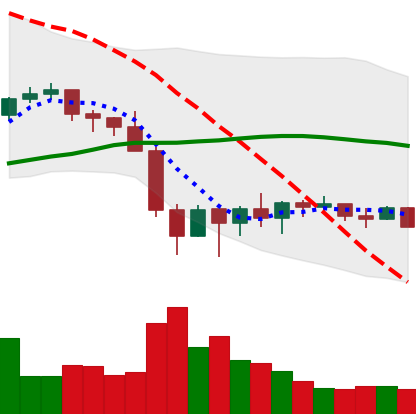
Ticker: BNB-USD
Chart end date: 2022-02-02
Forward return: 17.895%
Label: up_7plus